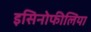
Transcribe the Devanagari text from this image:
इसिनोफीलिया